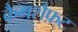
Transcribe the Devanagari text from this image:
कैमशैफ़्ट